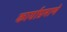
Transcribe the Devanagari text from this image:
कार्याप्रमाणे